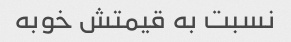
نسبت به قیمتش خوبه